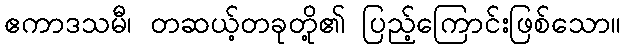
ဧကာဒသမီ၊ တဆယ့်တခုတို့၏ ပြည့်ကြောင်းဖြစ်သော။